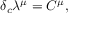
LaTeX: \delta _ { c } \lambda ^ { \mu } = C ^ { \mu } ,